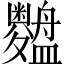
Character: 𱲢